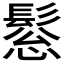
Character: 𩭤